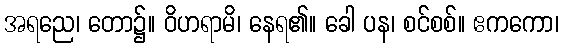
အရညေ၊ တော၌။ ဝိဟရာမိ၊ နေရ၏။ ခေါ ပန၊ စင်စစ်။ ဧကကော၊